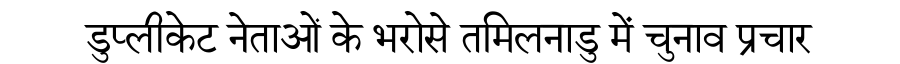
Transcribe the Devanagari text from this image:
डुप्लीकेट नेताओं के भरोसे तमिलनाडु में चुनाव प्रचार